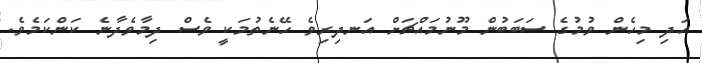
އަދި މިހެން ވުމުގެ ސަބަބުން މޫނުމައްޗަށް އަނދިރިވެ ހޭނެތުމަކީ ވެސް ދިމާވެދާނެ ކަންކަމެވެ.